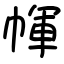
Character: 㡓